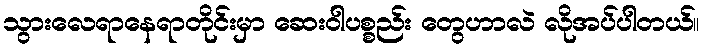
သွားလေရာနေရာတိုင်းမှာ ဆေးဝါပစ္စည်း တွေဟာလဲ လိုအပ်ပါတယ်။